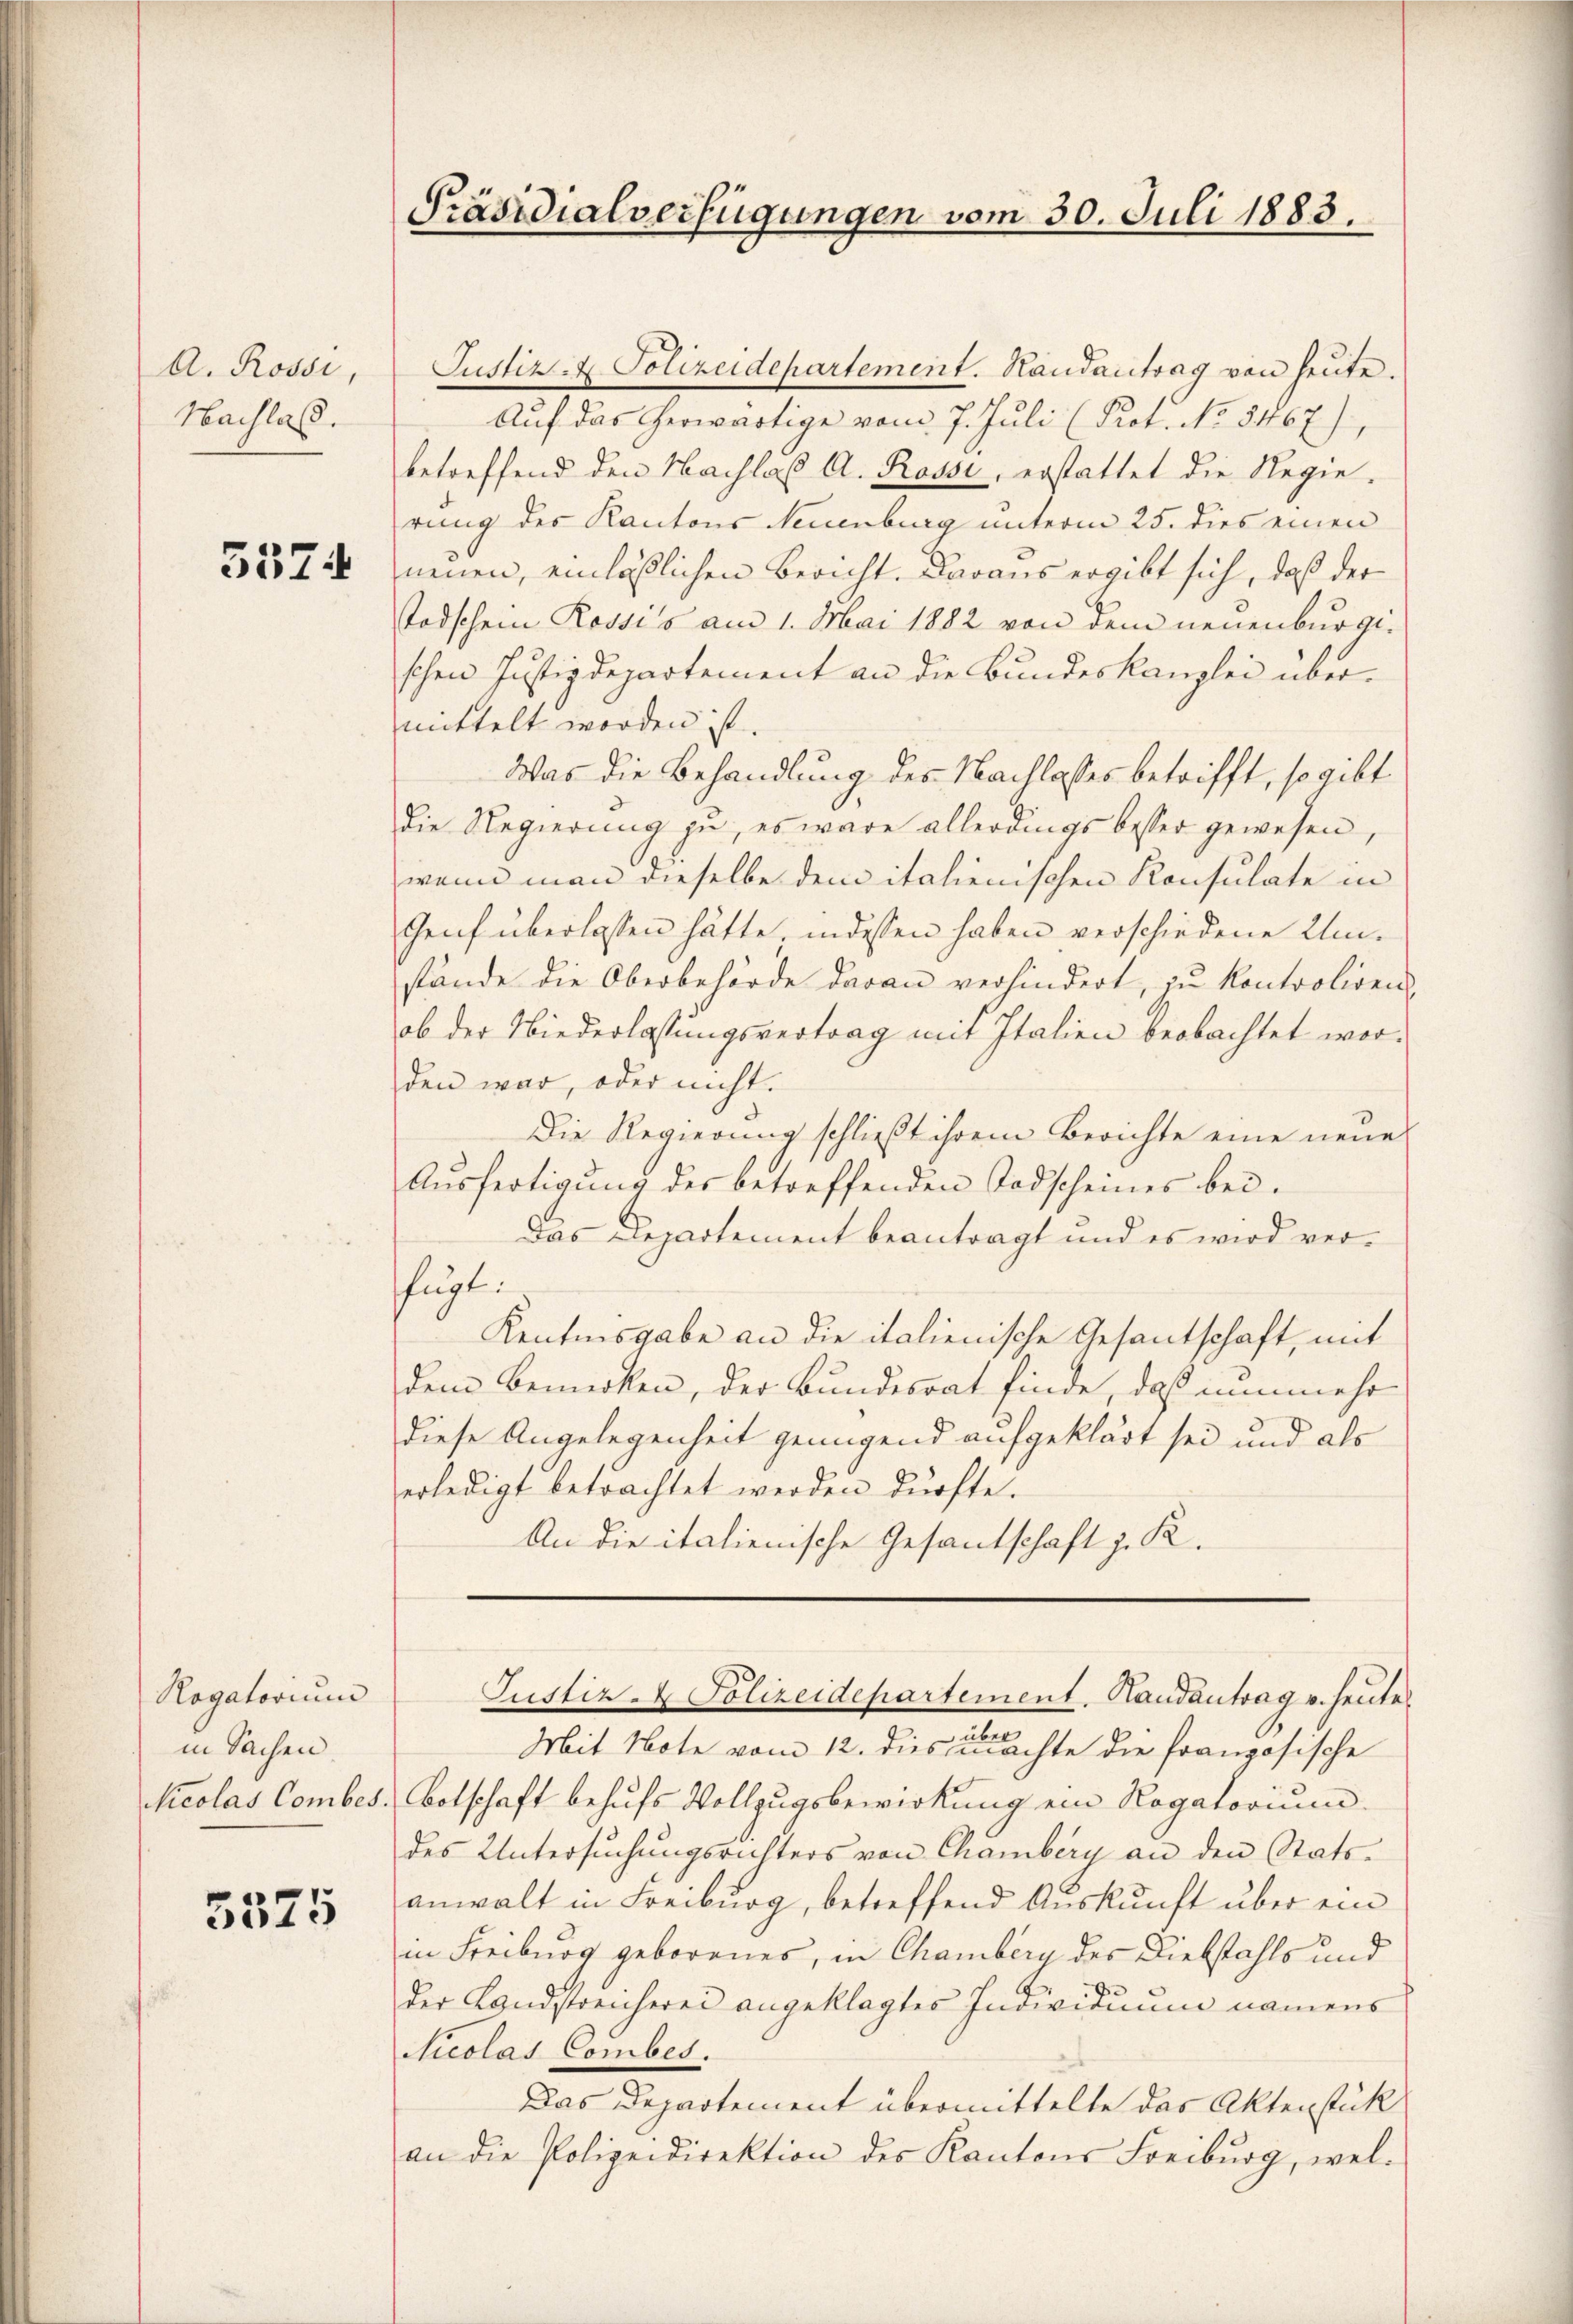
A. Rossi,
Nachlaß.

3574

Ragatorium
in Sachen.

3375

Justiz- & Polizeidepartement. Handantrag von heute.
Auf das herwärtige vom 7. Juli (Prot. No 5467)
betreffend den Nachlaß A. Rosse, erstattet die Regierung des Kantons Neuenburg unterm 25. dies einen
neuen, einläßlichen Bericht. Daraus ergibt sich, daß der
Todschein Rossi's am 1. Mai 1882 von dem neuenburgischen Justizdepartement an die Bundeskanzlei übermittelt worden ist.
Was die Behandlung des Nachlasses betrifft, so gibt
die Regierung zu, es wäre allerdings besser gewesen,
wenn man dieselbe dem italienischen Konsulate in
Genf überlassen hätte indessen haben verschiedene Umstände die Oberbehörde daran verhindert, zu kontroliren
ob der Niederlassungsvertrag mit Italien beobachtet worden war, oder nicht.
Die Regierung schließt ihrem Berichte eine neue
Ausfertigung des betreffenden Todscheines bei¬
Das Departement beantragt und es wird ver-
fügt.
Kentonsgabe an die italienische Gesantschaft, mit
dem Bemerken, der Bundesrat finde, daß nunmehr
diese Angelegenheit genügend aufgeklärt sei und als
erledigt betrachtet werden dürfte.
An die italienische Gesandschaft z. R.

Präsidialverfügungen vom 30. Juli 1883.

Justiz- & Polizeidepartement. Handantrag v. heute

Mit Note vom 12. dies machte die französische
kicolas Combes. Botschaft behufs Vollzugsbewirkung ein Rogatorium
des Untersuchungsrichters von Chamberg an den Statsanwalt in Freiburg, betreffend Auskunft über ein
in Freiburg geborenes, in Chamberg des Diebstahls und
der Landstreicherei angeklagtes Individuum namens
Nicolas Combes.
Das Departement übermittelte das Aktenstück
an die Polizeidirektion des Kantons Freiburg, wel-